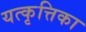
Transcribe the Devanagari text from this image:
यत्कृत्तिका